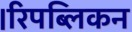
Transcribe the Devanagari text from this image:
।रिपब्लिकन